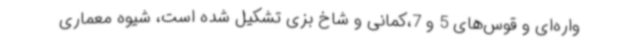
واره‌ای و قوس‌های 5 و 7،کمانی و شاخ بزی تشکیل شده است، شیوه معماری